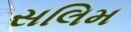
સલિમ